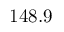
1 4 8 . 9